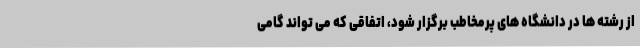
از رشته ها در دانشگاه های پرمخاطب برگزار شود، اتفاقی که می تواند گامی